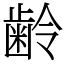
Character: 齢